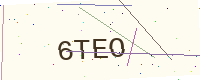
Text: 6TEO